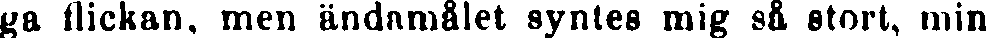
ga flickan, men ändamålet syntes mig så stort, min